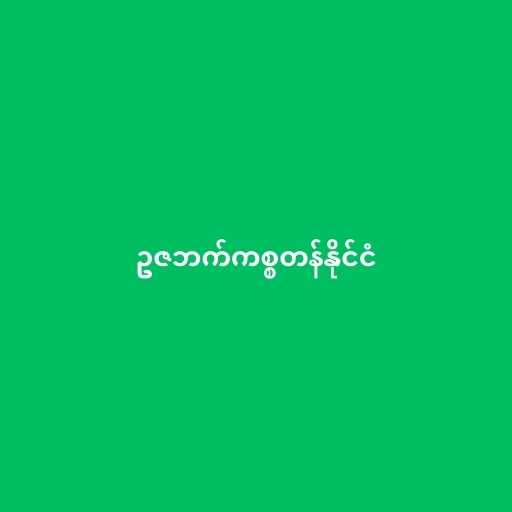
ဥဇဘက်ကစ္စတန်နိုင်ငံ